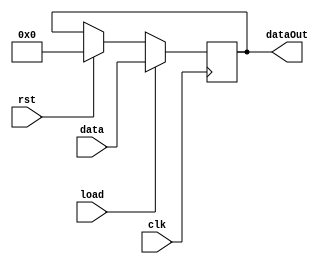
// This program was cloned from: https://github.com/jasonkaufmann/ice40FPGAProjects
// License: MIT License

//This is an n- bit register with load, output enable, and asynchronous clear signals

module register #(parameter n = 8) (
    input clk,
    input [n-1:0] data,
    input load,
    input rst,
    output reg [n-1:0] dataOut);

always @ (posedge clk) begin
    if (rst == 1) begin
        dataOut = 0;
    end
    if (load == 1) begin
        dataOut = data;
    end
end
endmodule